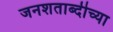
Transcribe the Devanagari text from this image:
जनशताब्दीच्या